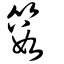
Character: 籔